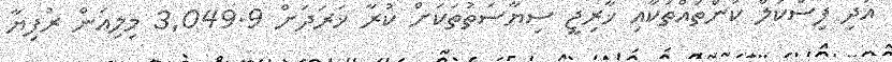
އަދި ފިސްކަލް ކަންތައްތަކާއި ޚާރިޖީ ސިޔާސަތުތަކަށް ކުރާ ޚަރަދަށް 3